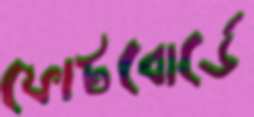
ফোটবোর্ডে